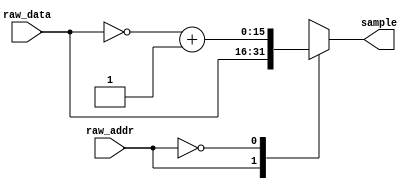
module data(raw_addr,raw_data,sample); 
  input wire raw_addr; 
  input wire [15:0] raw_data; 
  output reg [15:0] sample; 
 always @ (*) begin 
  case (raw_addr) 
    1:sample<=raw_data[15:0];  
    0:sample<=(~raw_data[15:0]+1); 
    default:sample<=16'b0; 
  endcase 
 end  
endmodule